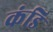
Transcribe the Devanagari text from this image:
कंडि